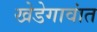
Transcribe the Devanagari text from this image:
खेडेगावांत